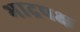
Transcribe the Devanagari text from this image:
भाद्रपक्ष